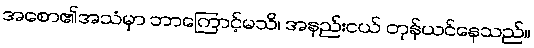
အစော၏အသံမှာ ဘာကြောင့်မသိ၊ အနည်းငယ် တုန်ယင်နေသည်။